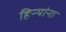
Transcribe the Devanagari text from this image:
हिऱ्यांना